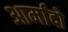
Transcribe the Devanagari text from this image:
आर्मांदो